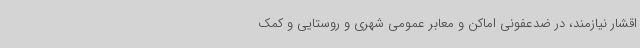
اقشار نیازمند، در ضدعفونی اماکن و معابر عمومی شهری و روستایی و کمک